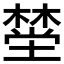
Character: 𪳯